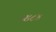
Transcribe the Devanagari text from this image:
३४८४